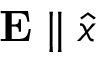
\mathbf { E } \parallel \hat { x }